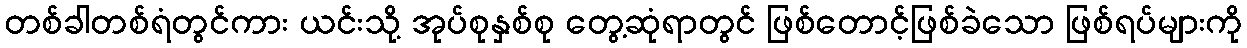
တစ်ခါတစ်ရံတွင်ကား ယင်းသို့ အုပ်စုနှစ်စု တွေ့ဆုံရာတွင် ဖြစ်တောင့်ဖြစ်ခဲသော ဖြစ်ရပ်များကို